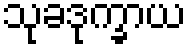
သုခဒုက္ခာယ